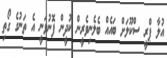
އުލާ ޕްރީ ސްކޫލަށް ބައެއް ބެލެނިވެރީން ކުދީން ފޮނުވަނީ އެ ތަނުގެ ގޯތި